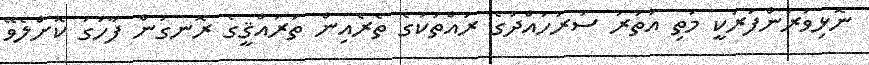
ނޮޅިވަރަންފަރަކީ މަތި އުތުރު ސަރަހައްދުގެ ރައްތަކުގެ ތެރެއިން ތަރައްޤީގެ ރޮނގުން ފާހަގަ ކޮށްލެވޭ